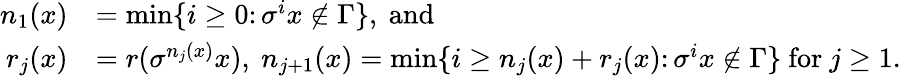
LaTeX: \begin{array}{rl}{n_{1}(x)}&{=\operatorname*{min}\{ i\geq 0\colon\sigma^{i}x\notin\Gamma\} ,\mathrm{~and~}}\\ {r_{j}(x)}&{=r(\sigma^{n_{j}(x)}x),\ n_{j+1}(x)=\operatorname*{min}\{ i\geq n_{j}(x)+r_{j}(x)\colon\sigma^{i}x\notin\Gamma\} \mathrm{~for~}j\geq 1.}\end{array}